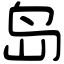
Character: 岛